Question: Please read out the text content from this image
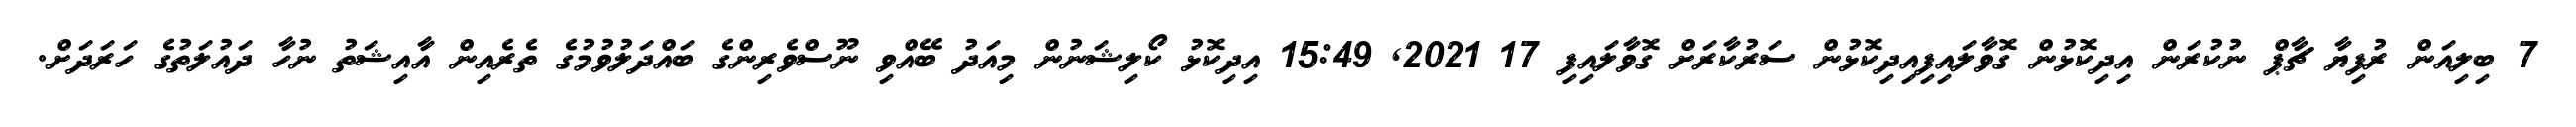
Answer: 7 ބިލިއަން ރުފިޔާ ޗާޕް ނުކުރަން އިދިކޮޅުން ގޮވާލައިފިއިދިކޮޅުން ސަރުކާރަށް ގޮވާލައިފި 17 2021, 15:49 އިދިކޮޅު ކޯލިޝަނުން މިއަދު ބޭއްވި ނޫސްވެރިންގެ ބައްދަލުވުމުގެ ތެރެއިން އާއިޝަތު ނުހާ ދައުލަތުގެ ހަރަދަށް.